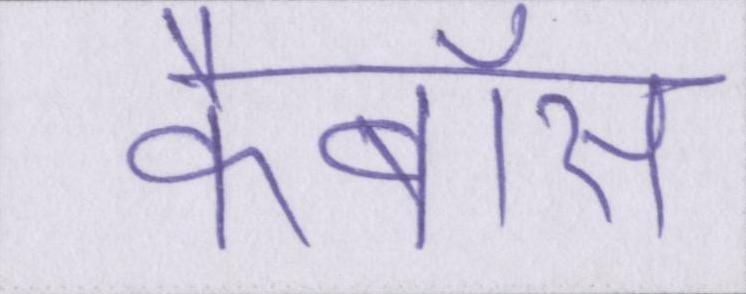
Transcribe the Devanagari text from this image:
कैबॉस